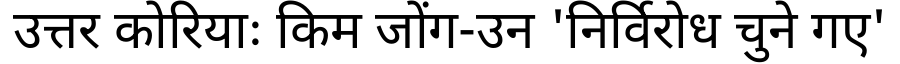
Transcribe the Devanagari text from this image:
उत्तर कोरियाः किम जोंग-उन 'निर्विरोध चुने गए'